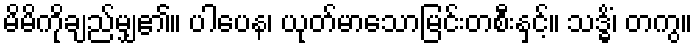
မိမိကိုချည်မျှ၏။ ပါပေန၊ ယုတ်မာသောမြင်းတစီးနှင့်။ သဒ္ဓိံ၊ တကွ။